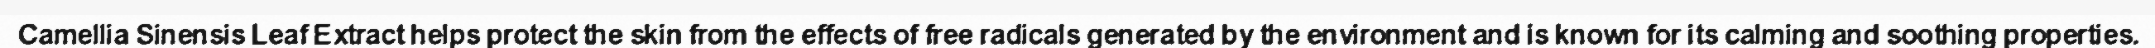
Camellia Sinensis Leaf Extract helps protect the skin from the effects of free radicals generated by the environment and is known for its calming and soothing properties.